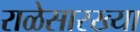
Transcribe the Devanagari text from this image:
राळेसारख्या